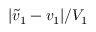
| \tilde { v } _ { 1 } - v _ { 1 } | / V _ { 1 }